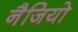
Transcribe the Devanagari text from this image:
नैजियो